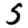
Digit: 5